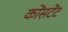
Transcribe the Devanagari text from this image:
कोंसटेंट